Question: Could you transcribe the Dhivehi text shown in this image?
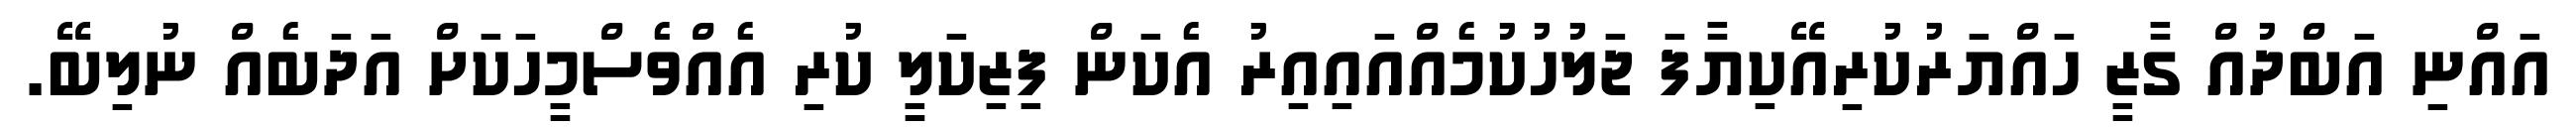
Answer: އައްނި އަބްދުއް ގާޒީ ހައްޔަރުކުރިއޭކިޔާފަ ޖަލުހުކުމެއްއައިއިރު އެކަން ފިޒިކަލީ ކުރި އެއްވެސްމީހަކަށް އަދަބެއް ނުލިބޭ.